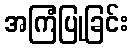
အကြံပြုခြင်း